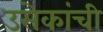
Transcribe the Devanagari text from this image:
उसेकांची